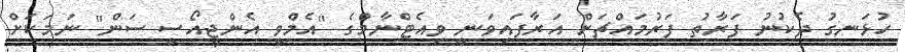
ހުޅަނގު ދެކުނު ފަރާތު ފަރުމައްޗަށް އަރާފައިވަނީ ވިއެޓްނާމްގެ "އެމްވީ އެންޖީއޯސީ ސަން" ނަމަކަށް